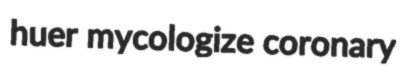
huer mycologize coronary